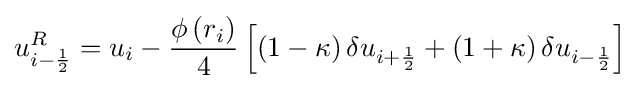
u_{i-{\frac {1}{2}}}^{R}=u_{i}-{\frac {\phi \left(r_{i}\right)}{4}}\left[\left(1-\kappa \right)\delta u_{i+{\frac {1}{2}}}+\left(1+\kappa \right)\delta u_{i-{\frac {1}{2}}}\right]